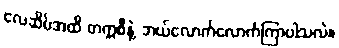
လေဆိပ်အထိ တက္ကစီနဲ့ ဘယ်လောက်လောက်ကြာပါသလဲ။